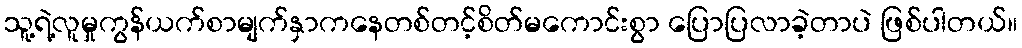
သူ့ရဲ့လူမှုကွန်ယက်စာမျက်နှာကနေတစ်တင့်စိတ်မကောင်းစွာ ပြောပြလာခဲ့တာပဲ ဖြစ်ပါတယ်။